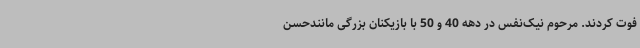
فوت کردند. مرحوم نیک‌نفس در دهه 40 و 50 با بازیکنان بزرگی مانندحسن